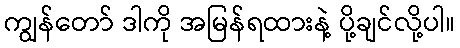
ကျွန်တော် ဒါကို အမြန်ရထားနဲ့ ပို့ချင်လို့ပါ။